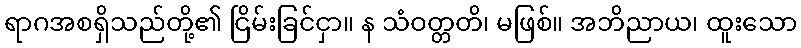
ရာဂအစရှိသည်တို့၏ ငြိမ်းခြင်ငှာ။ န သံဝတ္တတိ၊ မဖြစ်။ အဘိညာယ၊ ထူးသော